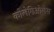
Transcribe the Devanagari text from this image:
कोलेगिओलेस